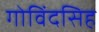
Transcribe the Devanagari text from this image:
गोविंदसिह